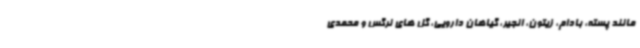
مانند پسته، بادام، زیتون، انجیر، گیاهان دارویی، گل های نرگس و محمدی